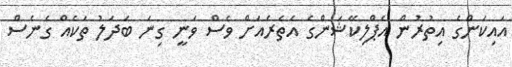
އައިކަންގެ އިތުރުން އެޕްލިކޭޝަންގެ އެތެރެއަށް ވެސް ވަނީ ގިނަ ބަދަލު ތަކެއް ގެނެސް